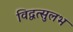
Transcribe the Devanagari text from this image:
विद्वत्सुलभ